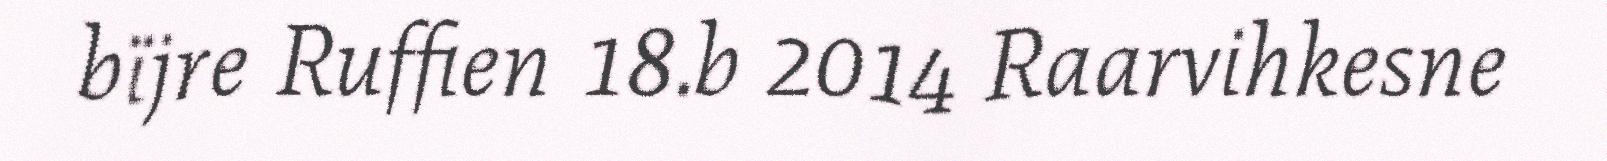
bïjre Ruffien 18.b 2014 Raarvihkesne